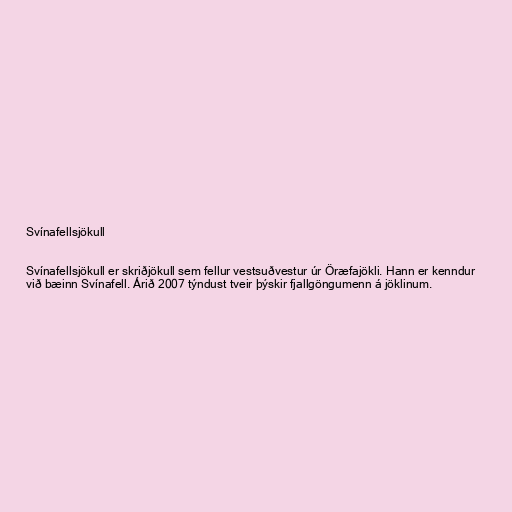
Svínafellsjökull

Svínafellsjökull er skriðjökull sem fellur vestsuðvestur úr Öræfajökli. Hann er kenndur
við bæinn Svínafell. Árið 2007 týndust tveir þýskir fjallgöngumenn á jöklinum.